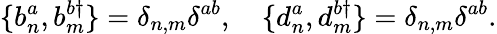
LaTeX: \{ b_{n}^{a},b_{m}^{b\dagger}\} =\delta_{n,m}\delta^{ab},\quad\{ d_{n}^{a},d_{m}^{b\dagger}\} =\delta_{n,m}\delta^{ab}.